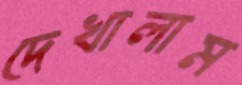
দেখালাম